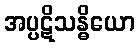
အပ္ပဋိသန္ဓိယော